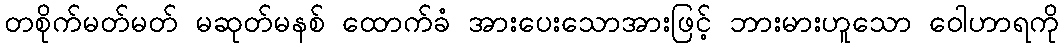
တစိုက်မတ်မတ် မဆုတ်မနစ် ထောက်ခံ အားပေးသောအားဖြင့် ဘားမားဟူသော ဝေါဟာရကို